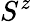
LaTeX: S^{z}